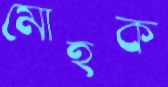
মোহক